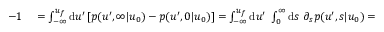
\begin{array} { r l } { - 1 } & { { } = \int _ { - \infty } ^ { u _ { f } } \mathrm { d } u ^ { \prime } \left[ p ( u ^ { \prime } , \infty | u _ { 0 } ) - p ( u ^ { \prime } , 0 | u _ { 0 } ) \right] = \int _ { - \infty } ^ { u _ { f } } \mathrm { d } u ^ { \prime } \ \int _ { 0 } ^ { \infty } \mathrm { d } s \ \partial _ { s } p ( u ^ { \prime } , s | u _ { 0 } ) = } \end{array}